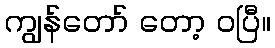
ကျွန်တော် တော့ ဝပြီ။